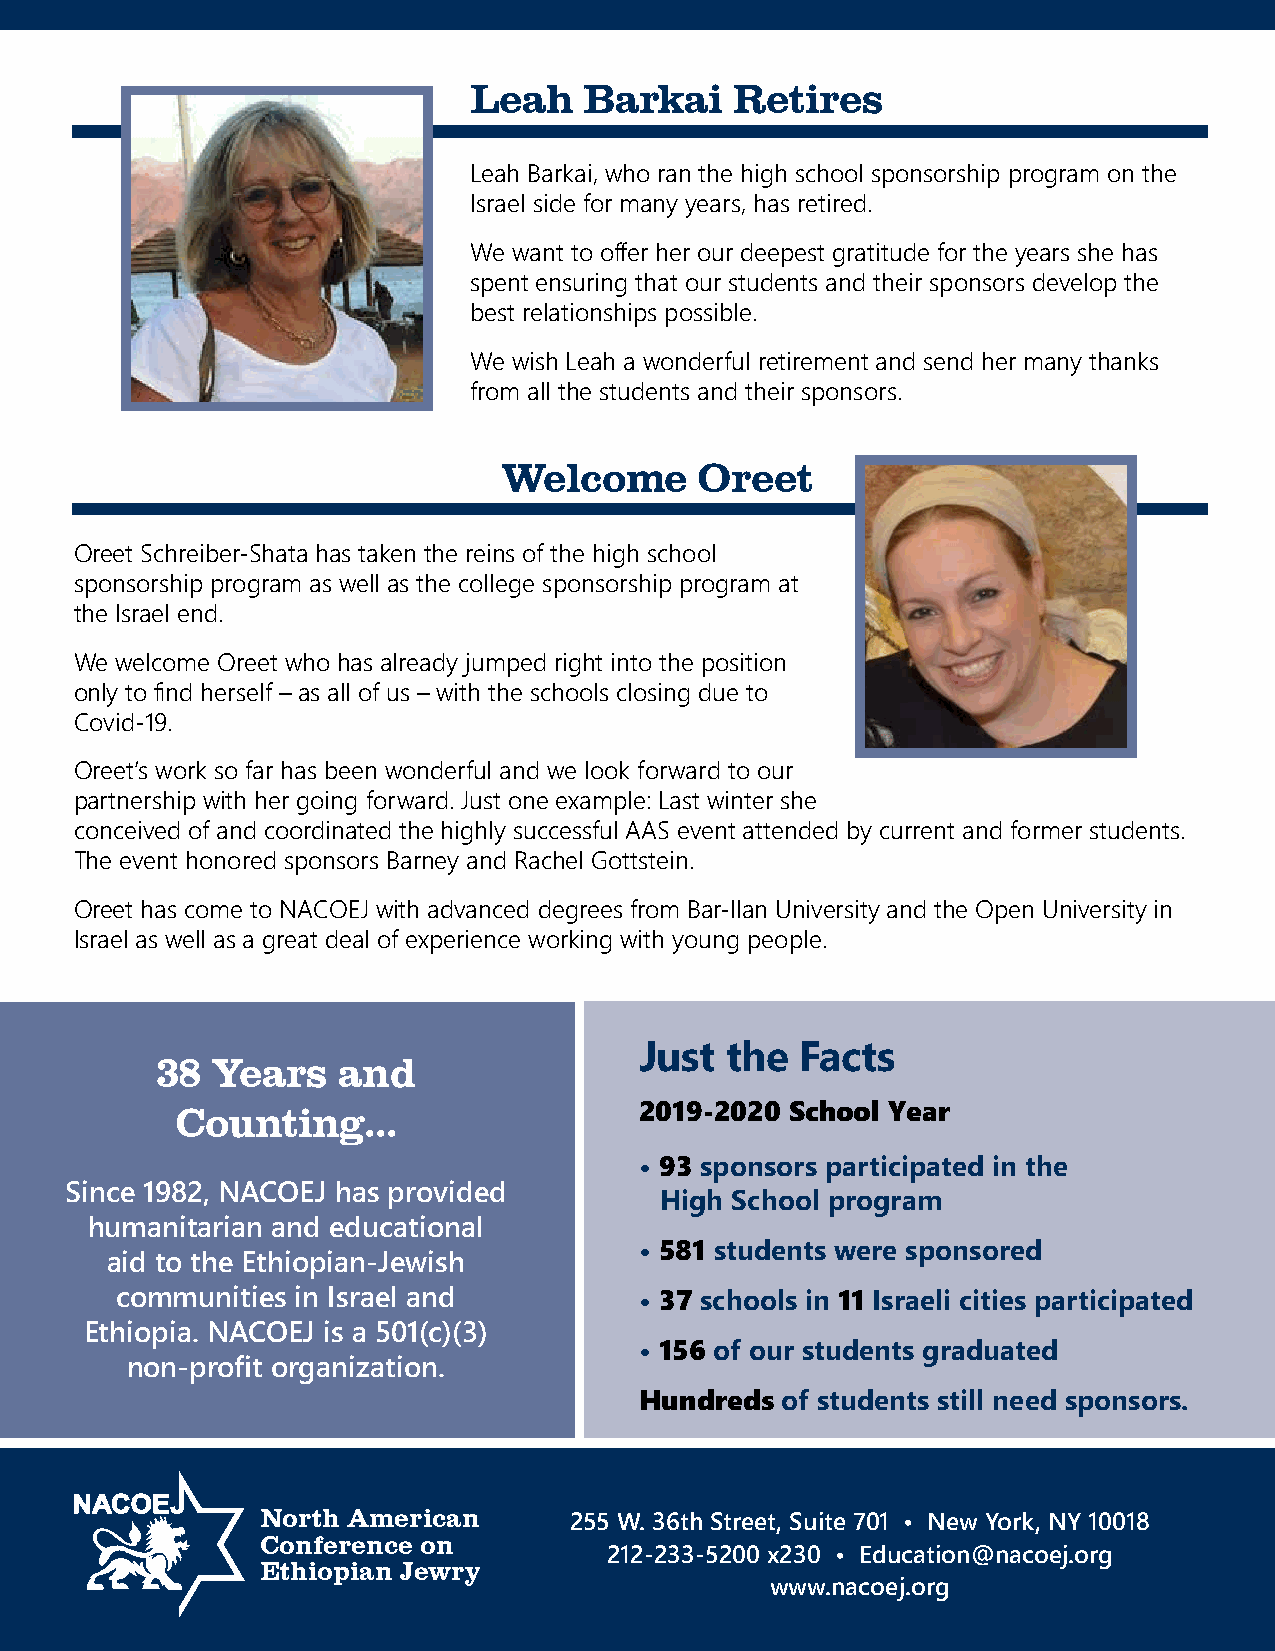
Leah    Barkai    Retires
 Leah Barkai, who ran the high school sponsorship program on the
 Israel side for many years, has retired.
 We want to offer her our deepest gratitude for the years she has
 spent ensuring that our students and their sponsors develop the
 best relationships possible.
 We wish Leah a wonderful retirement and send her many thanks
 from all the students and their sponsors.
 Welcome      Oreet
 Oreet Schreiber-Shata has taken the reins of the high school
 sponsorship program as well as the college sponsorship program at
 the Israel end.
 We welcome Oreet who has already jumped right into the position
 only to find herself – as all of us – with the schools closing due to
 Covid-19.
 Oreet’s work so far has been wonderful and we look forward to our
 partnership with her going forward. Just one example: Last winter she
 conceived of and coordinated the highly successful AAS event attended by current and former students.
 The event honored sponsors Barney and Rachel Gottstein.
 Oreet has come to NACOEJ with advanced degrees from Bar-Ilan University and the Open University in
 Israel as well as a great deal of experience working with young people.
 Just  the  Facts
 38  Years   and
 Counting...                   2019-2020 School Year
 • 93 sponsors participated in the
 Since 1982, NACOEJ has provided
 High School program
 humanitarian and educational
 • 581 students were sponsored
 aid to the Ethiopian-Jewish
 communities in Israel and         • 37 schools in 11 Israeli cities participated
 Ethiopia. NACOEJ is a 501(c)(3)
 • 156 of our students graduated
 non-profit organization.
 Hundreds  of students still need sponsors.
 North American
 255 W. 36th Street, Suite 701 • New York, NY 10018
 Conference on
 212-233-5200 x230 • Education@nacoej.org
 Ethiopian Jewry
 www.nacoej.org